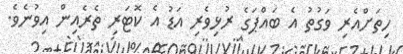
ހިތަށްއެރި ވަގުތު އެ ބައްޕަގެ ރުޅިވެރި އަޑު އެ ކޮޓަރި ތެރެއިން އިވުނެވެ.